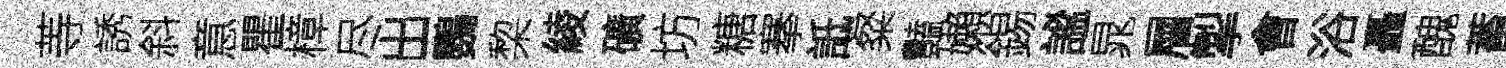
䓁誘斜意瞿樟尽出鸚棃綾礦坊糖搴詆粲豔嬾錫謐晁層掣㑹浴矗醜蓄